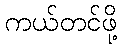
ကယ်တင်ဖို့